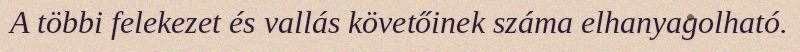
A többi felekezet és vallás követőinek száma elhanyagolható.